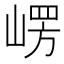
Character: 𭖴